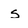
Character: s